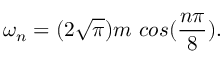
\omega _ { n } = ( 2 \sqrt { \pi } ) m \ c o s ( \frac { n \pi } { 8 } ) .